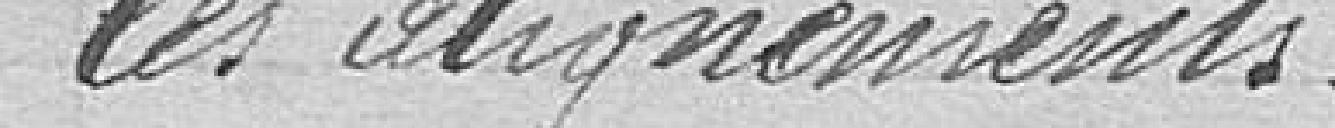
les alignements.